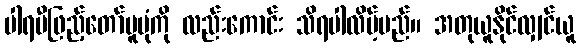
ပါရမီဖြည့်တော်မူပုံကို လည်းကောင်း သိရပါလိမ့်မည်။ အတုယူနိုင်လျှင်ယူ